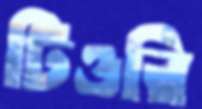
টিওরি